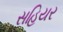
સહિયર